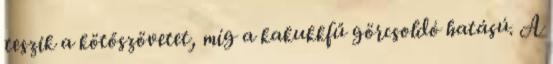
teszik a kötőszövetet, míg a kakukkfű görcsoldó hatású. A